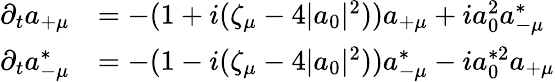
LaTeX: \begin{array}{rl}{\partial_{t}a_{+\mu}}&{=-(1+i(\zeta_{\mu}-4|a_{0}|^{2}))a_{+\mu}+ia_{0}^{2}a_{-\mu}^{*}}\\ {\partial_{t}a_{-\mu}^{*}}&{=-(1-i(\zeta_{\mu}-4|a_{0}|^{2}))a_{-\mu}^{*}-ia_{0}^{*2}a_{+\mu}}\end{array}